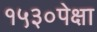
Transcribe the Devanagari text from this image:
१५३०पेक्षा